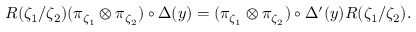
R ( \zeta _ { 1 } / \zeta _ { 2 } ) ( \pi _ { \zeta _ { 1 } } \otimes \pi _ { \zeta _ { 2 } } ) \circ \Delta ( y ) = ( \pi _ { \zeta _ { 1 } } \otimes \pi _ { \zeta _ { 2 } } ) \circ \Delta ^ { \prime } ( y ) R ( \zeta _ { 1 } / \zeta _ { 2 } ) .